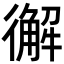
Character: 𢖆